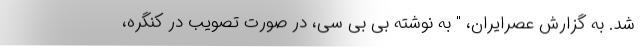
شد. به گزارش عصرایران، " به نوشته بی بی سی، در صورت تصویب در کنگره،